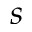
s